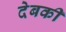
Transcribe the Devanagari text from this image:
देबकी